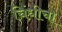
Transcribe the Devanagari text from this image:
चिंधीचा